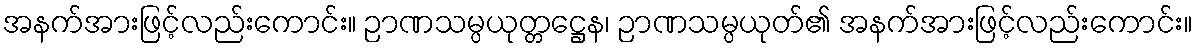
အနက်အားဖြင့်လည်းကောင်း။ ဉာဏသမ္ပယုတ္တဋ္ဌေန၊ ဉာဏသမ္ပယုတ်၏ အနက်အားဖြင့်လည်းကောင်း။